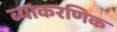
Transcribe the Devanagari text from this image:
ब्याकरणिक